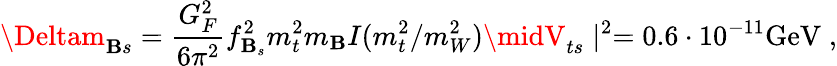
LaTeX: \Deltam_{\mathbf{B}s}=\frac{{G_{F}^{2}}}{{6\pi^{2}}}f_{\mathbf{B}_{s}}^{2}m_{t}^{2}m_{\mathbf{B}}I(m_{t}^{2}/m_{W}^{2})\midV_{ts}\mid^{2}=0.6\cdot10^{-11}\mathrm{{GeV}}\; ,